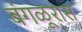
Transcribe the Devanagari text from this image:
बंगळूरास